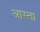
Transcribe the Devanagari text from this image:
आस्ता